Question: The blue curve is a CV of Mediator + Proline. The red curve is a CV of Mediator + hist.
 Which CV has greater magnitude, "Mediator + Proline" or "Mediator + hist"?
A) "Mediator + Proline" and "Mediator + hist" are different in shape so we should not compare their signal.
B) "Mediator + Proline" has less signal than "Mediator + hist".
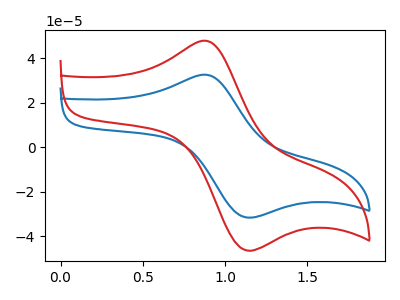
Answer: <think>The blue curve "Mediator + Proline" has an anodic peak at (0.85V, 32.55uA) and a cathodic peak at (1.10V, -31.35uA). The red curve "Mediator + hist" has an anodic peak at (0.85V, 47.80uA) and a cathodic peak at (1.10V, -46.05uA).
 All the peaks in "Mediator + Proline" have a peak in "Mediator + hist" at the same potential. Every peak in "Mediator + Proline" is lower than every peak in "Mediator + hist".</think>
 <answer>B) "Mediator + Proline" has less signal than "Mediator + hist".</answer>
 <eval>B</eval>